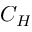
C _ { H }